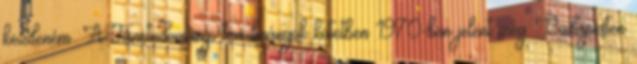
kezdeném: A Tánctudományi tanulmányok kötetben 1970-ben jelent meg Budapesten